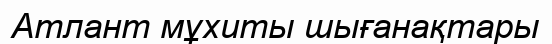
Атлант мұхиты шығанақтары